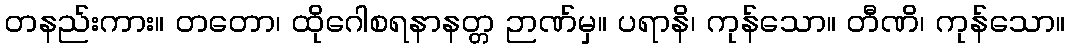
တနည်းကား။ တတော၊ ထိုဂေါစရနာနတ္တ ဉာဏ်မှ။ ပရာနိ၊ ကုန်သော။ တီဏိ၊ ကုန်သော။